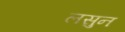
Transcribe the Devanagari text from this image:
लसुन